Civil Veterinary Dept. Bombay admin report 1932-41 - 1932-1941
Year: 1932
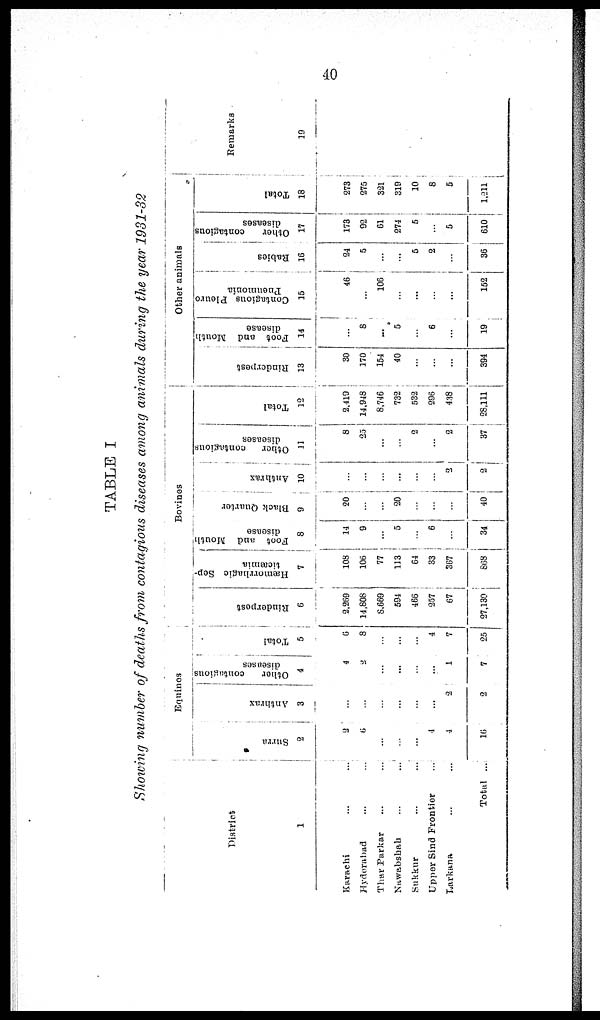
40
TABLE I
Showing number of deaths from contagious diseases among animals during the year 1931-32
District
1
Karachi ... ...
Hyderabad ... ...
Thar Parkar ... ...
Nawabshah ... ...
Sukkur ... ...
Upper Sind Frontier ...
Larkana ... ...
Total ...
Equines
Surra
2
2
6
...
...
...
4
4
16
Anthrax
3
...
...
...
...
...
...
2
2
Other contagious
diseases
4
4
2
...
...
...
...
1
7
Total
5
6
8
...
...
...
4
7
25
Bo vines
Rinderpest
6
2,269
14,808
8,669
594
466
257
67
27,130
Hæmorrhagic Sep-
ticæmia
7
108
106
77
113
64
33
367
868
Foot and Mouth
disease
8
14
9 ...
5
...
6
...
34
Black Quarter
9
20
...
...
20
...
...
...
40
Anthrax
10
...
...
...
...
...
...
2
2
Other contagious
diseases
11
8
25
...
...
2
...
2
37
Total
12
2,419
14,948
8,746
732
532
296
438
28,111
Other animals
Rinderpest
13
30
170
154
40
...
...
...
394
Foot and Mouth
disease
14
...
8
...
5
...
6
...
19
Contagions Pleuro
Pneumonia
15
46
...
106
...
...
...
...
152
Babies
16
24
5
...
...
5
2
...
36
Other
contagious
diseases
17
173
92
61
274
5
...
5
610
Total
18
273
275
321
319
10
8
5
1,211
Remarks
19